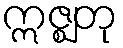
ဣဇ္ဈတု